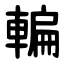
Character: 䡢